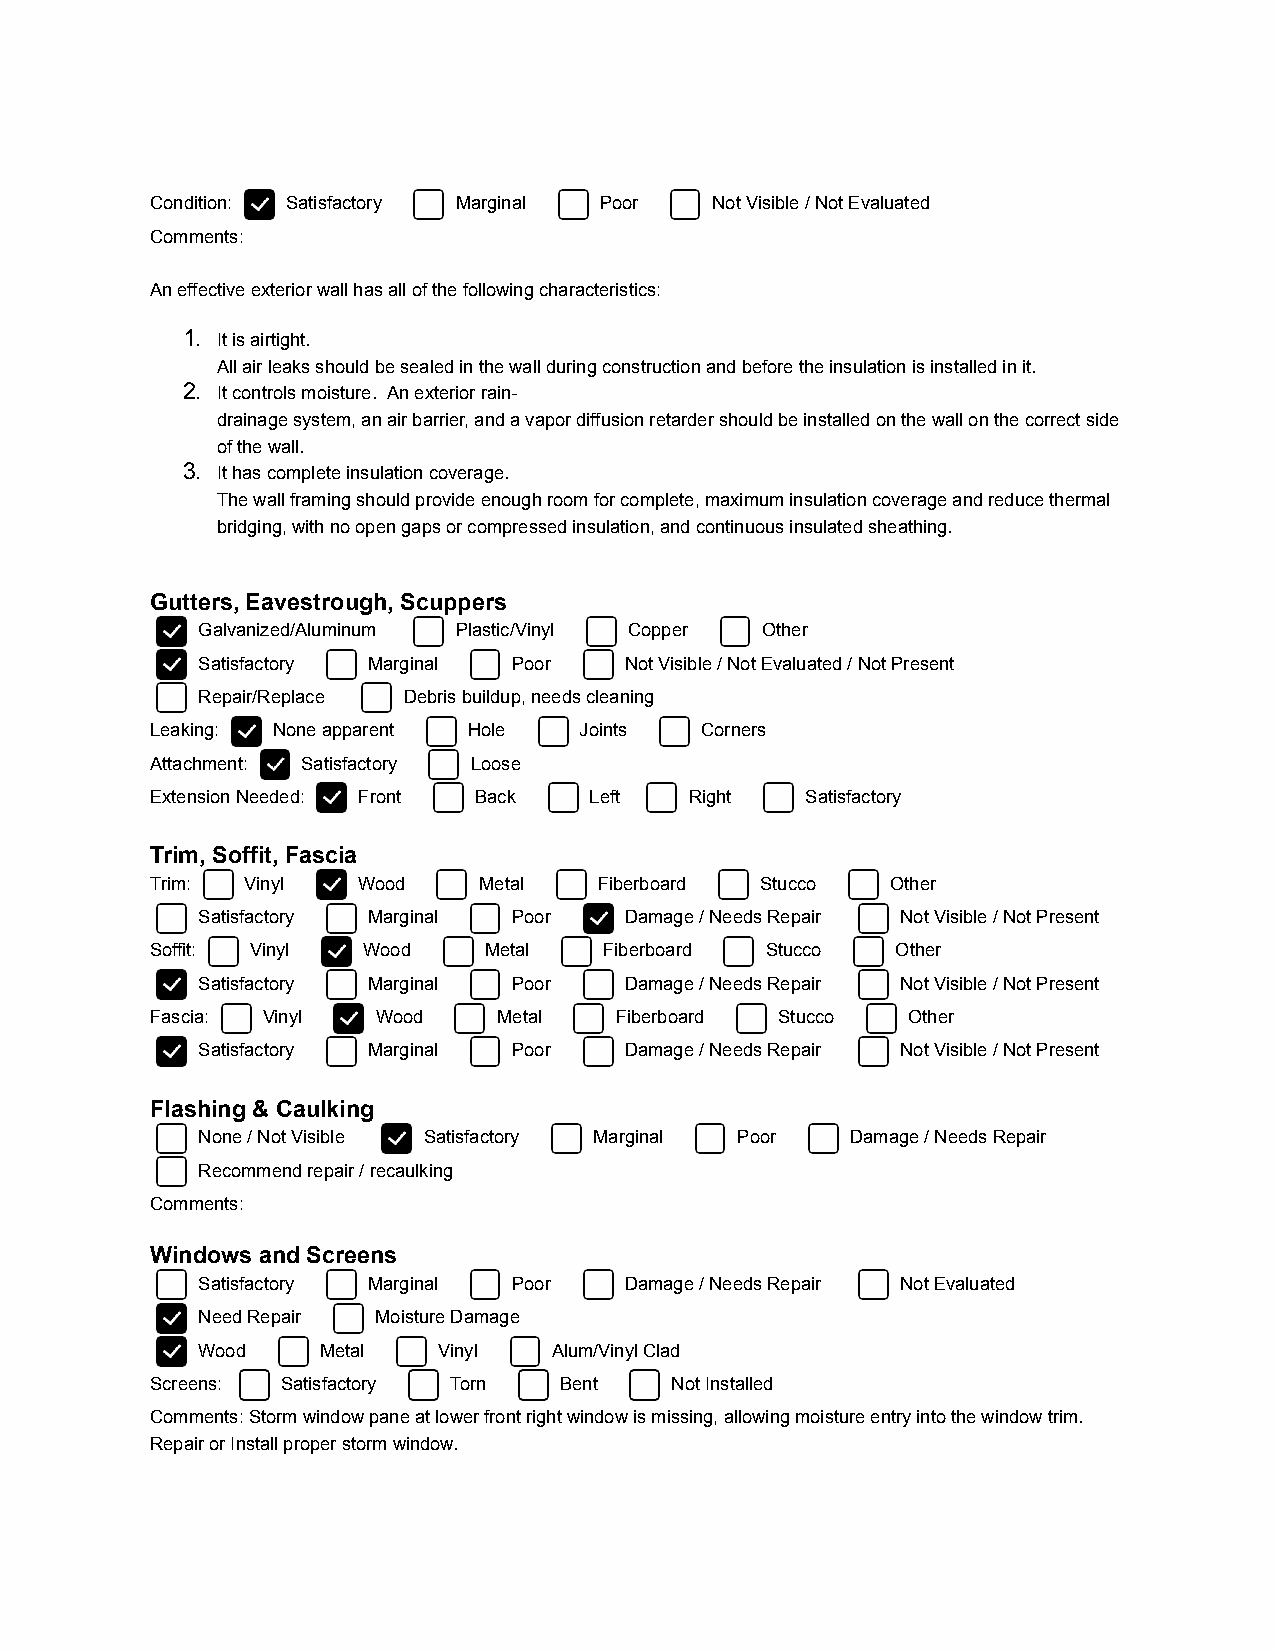
Condition: Satisfactory Marginal Poor Not Visible / Not Evaluated
 Comments:
 An effective exterior wall has all of the following characteristics:
 1. It is airtight.
 All air leaks should be sealed in the wall during construction and before the insulation is installed in it.
 2. It controls moisture. An exterior rain-
 drainage system, an air barrier, and a vapor diffusion retarder should be installed on the wall on the correct side
 of the wall.
 3. It has complete insulation coverage.
 The wall framing should provide enough room for complete, maximum insulation coverage and reduce thermal
 bridging, with no open gaps or compressed insulation, and continuous insulated sheathing.
 Gutters, Eavestrough, Scuppers
 Galvanized/Aluminum Plastic/Vinyl Copper Other
 Satisfactory Marginal Poor  Not Visible / Not Evaluated / Not Present
 Repair/Replace Debris buildup, needs cleaning
 Leaking: None apparent Hole Joints  Corners
 Attachment: Satisfactory Loose
 Extension Needed: Front Back Left   Right  Satisfactory
 Trim, Soffit, Fascia
 Trim: Vinyl   Wood    Metal   Fiberboard Stucco  Other
 Satisfactory Marginal Poor  Damage / Needs Repair Not Visible / Not Present
 Soffit: Vinyl Wood    Metal   Fiberboard Stucco  Other
 Satisfactory Marginal Poor  Damage / Needs Repair Not Visible / Not Present
 Fascia: Vinyl  Wood    Metal   Fiberboard Stucco  Other
 Satisfactory Marginal Poor  Damage / Needs Repair Not Visible / Not Present
 Flashing & Caulking
 None / Not Visible Satisfactory Marginal Poor Damage / Needs Repair
 Recommend repair / recaulking
 Comments:
 Windows and Screens
 Satisfactory Marginal Poor  Damage / Needs Repair Not Evaluated
 Need Repair Moisture Damage
 Wood    Metal   Vinyl   Alum/Vinyl Clad
 Screens: Satisfactory Torn Bent   Not Installed
 Comments: Storm window pane at lower front right window is missing, allowing moisture entry into the window trim.
 Repair or Install proper storm window.